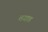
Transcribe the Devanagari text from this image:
तगाड